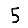
Digit: 5